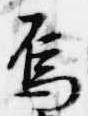
烏